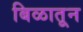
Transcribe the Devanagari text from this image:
बिळातून